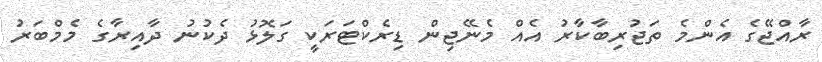
ރާއްޖޭގެ އެންމެ ތަޖުރިބާކާރު އެއް މެނޭޖިން ޑިރެކްޓަރަކީ ގަލޮޅު ދެކުނު ދާއިރާގެ މެމްބަރު